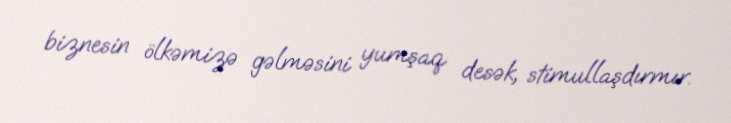
biznesin ölkəmizə gəlməsini yumşaq desək, stimullaşdırmır.